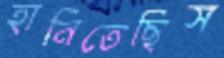
হানিতেছিস